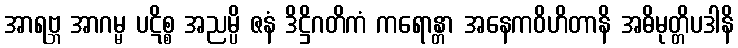
အာရဗ္ဘ အာဂမ္မ ပဋိစ္စ အညမ္ပိ ဇနံ ဒိဋ္ဌိဂတိကံ ကရောန္တာ အနေကဝိဟိတာနိ အဓိမုတ္တိပဒါနိ